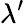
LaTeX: \lambda^{\prime}